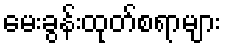
မေးခွန်းထုတ်စရာများ